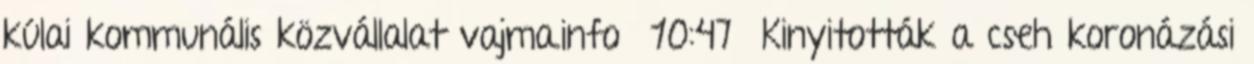
kúlai kommunális közvállalat vajma.info 10:47 Kinyitották a cseh koronázási